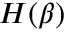
H ( \beta )